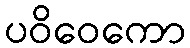
ပဝိဝေကော